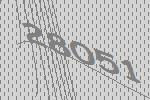
28051